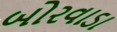
બોરવાડા